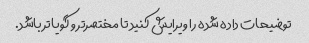
توضیحات داده شده را ویرایش کنید تا مختصرتر و گویاتر باشد.